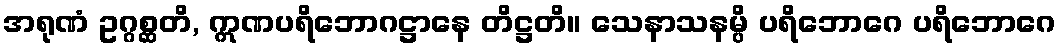
အရုဏံ ဥဂ္ဂစ္ဆတိ, ဣဏပရိဘောဂဋ္ဌာနေ တိဋ္ဌတိ။ သေနာသနမ္ပိ ပရိဘောဂေ ပရိဘောဂေ